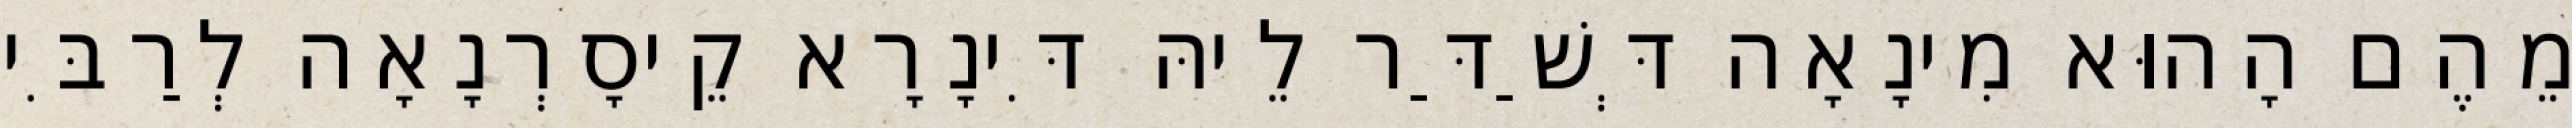
מֵהֶם הָהוּא מִינָאָה דְּשַׁדַּר לֵיהּ דִּינָרָא קֵיסָרְנָאָה לְרַבִּי